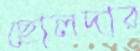
ছোলদার